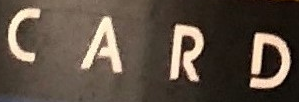
CARD